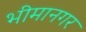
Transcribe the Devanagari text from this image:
भीमानगर